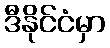
ဒီနိုင်ငံမှာ